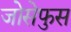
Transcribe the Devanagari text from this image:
जोसेफुस